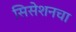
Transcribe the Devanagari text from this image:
सिसेशनचा